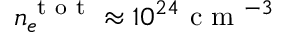
n _ { e } ^ { \mathrm { ~ t ~ o ~ t ~ } } \approx 1 0 ^ { 2 4 } \mathrm { ~ c ~ m ~ } ^ { - 3 }